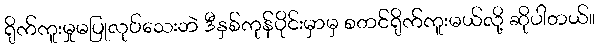
ရိုက်ကူးမှုမပြုလုပ်သေးဘဲ ဒီနှစ်ကုန်ပိုင်းမှာမှ စတင်ရိုက်ကူးမယ်လို့ ဆိုပါတယ်။